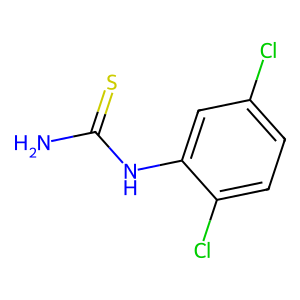
SMILES: NC(=S)Nc1cc(Cl)ccc1Cl
Inhibits HIV replication: No